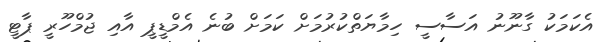
އެކަމަކު ގާނޫނު އަސާސީ ހިމާޔަތްކުރުމަށް ކަމަށް ބުނެ އެމްޑީޕީ އާއި ޖުމްހޫރީ ޕާޓީ